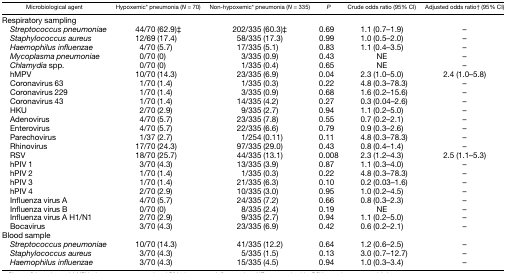
<table><thead><tr><td><b>Microbiological agent</b></td><td><b>Hypoxemic* pneumonia (<i>N</i> = 70)</b></td><td><b>Non-hypoxemic* pneumonia (<i>N</i> = 335)</b></td><td><b><i>P</i></b></td><td><b>Crude odds ratio (95% CI)</b></td><td><b>Adjusted odds ratio† (95% CI)</b></td></tr></thead><tbody><tr><td>Respiratory sampling</td><td></td><td></td><td></td><td></td><td></td></tr><tr><td> <i>Streptococcus pneumoniae</i></td><td>44/70 (62.9)‡</td><td>202/335 (60.3)‡</td><td>0.69</td><td>1.1 (0.7–1.9)</td><td>–</td></tr><tr><td> <i>Staphylococcus aureus</i></td><td>12/69 (17.4)</td><td>58/335 (17.3)</td><td>0.99</td><td>1.0 (0.5–2.0)</td><td>–</td></tr><tr><td> <i>Haemophilus influenzae</i></td><td>4/70 (5.7)</td><td>17/335 (5.1)</td><td>0.83</td><td>1.1 (0.4–3.5)</td><td>–</td></tr><tr><td> <i>Mycoplasma pneumoniae</i></td><td>0/70 (0)</td><td>3/335 (0.9)</td><td>0.43</td><td>NE</td><td>–</td></tr><tr><td> <i>Chlamydia</i> spp.</td><td>0/70 (0)</td><td>1/335 (0.4)</td><td>0.65</td><td>NE</td><td>–</td></tr><tr><td> hMPV</td><td>10/70 (14.3)</td><td>23/335 (6.9)</td><td>0.04</td><td>2.3 (1.0–5.0)</td><td>2.4 (1.0–5.8)</td></tr><tr><td> Coronavirus 63</td><td>1/70 (1.4)</td><td>1/335 (0.3)</td><td>0.22</td><td>4.8 (0.3–78.3)</td><td>–</td></tr><tr><td> Coronavirus 229</td><td>1/70 (1.4)</td><td>3/335 (0.9)</td><td>0.68</td><td>1.6 (0.2–15.6)</td><td>–</td></tr><tr><td> Coronavirus 43</td><td>1/70 (1.4)</td><td>14/335 (4.2)</td><td>0.27</td><td>0.3 (0.04–2.6)</td><td>–</td></tr><tr><td> HKU</td><td>2/70 (2.9)</td><td>9/335 (2.7)</td><td>0.94</td><td>1.1 (0.2–5.0)</td><td>–</td></tr><tr><td> Adenovirus</td><td>4/70 (5.7)</td><td>23/335 (7.8)</td><td>0.55</td><td>0.7 (0.2–2.1)</td><td>–</td></tr><tr><td> Enterovirus</td><td>4/70 (5.7)</td><td>22/335 (6.6)</td><td>0.79</td><td>0.9 (0.3–2.6)</td><td>–</td></tr><tr><td> Parechovirus</td><td>1/37 (2.7)</td><td>1/254 (0.11)</td><td>0.11</td><td>4.8 (0.3–78.3)</td><td>–</td></tr><tr><td> Rhinovirus</td><td>17/70 (24.3)</td><td>97/335 (29.0)</td><td>0.43</td><td>0.8 (0.4–1.4)</td><td>–</td></tr><tr><td> RSV</td><td>18/70 (25.7)</td><td>44/335 (13.1)</td><td>0.008</td><td>2.3 (1.2–4.3)</td><td>2.5 (1.1–5.3)</td></tr><tr><td> hPIV 1</td><td>3/70 (4.3)</td><td>13/335 (3.9)</td><td>0.87</td><td>1.1 (0.3–4.0)</td><td>–</td></tr><tr><td> hPIV 2</td><td>1/70 (1.4)</td><td>1/335 (0.3)</td><td>0.22</td><td>4.8 (0.3–78.3)</td><td>–</td></tr><tr><td> hPIV 3</td><td>1/70 (1.4)</td><td>21/335 (6.3)</td><td>0.10</td><td>0.2 (0.03–1.6)</td><td>–</td></tr><tr><td> hPIV 4</td><td>2/70 (2.9)</td><td>10/335 (3.0)</td><td>0.95</td><td>1.0 (0.2–4.5)</td><td>–</td></tr><tr><td> Influenza virus A</td><td>4/70 (5.7)</td><td>24/335 (7.2)</td><td>0.66</td><td>0.8 (0.3–2.3)</td><td>–</td></tr><tr><td> Influenza virus B</td><td>0/70 (0)</td><td>8/335 (2.4)</td><td>0.19</td><td>NE</td><td>–</td></tr><tr><td> Influenza virus A H1/N1</td><td>2/70 (2.9)</td><td>9/335 (2.7)</td><td>0.94</td><td>1.1 (0.2–5.0)</td><td>–</td></tr><tr><td> Bocavirus</td><td>3/70 (4.3)</td><td>23/335 (6.9)</td><td>0.42</td><td>0.6 (0.2–2.1)</td><td>–</td></tr><tr><td>Blood sample</td><td></td><td></td><td></td><td></td><td></td></tr><tr><td> <i>Streptococcus pneumoniae</i></td><td>10/70 (14.3)</td><td>41/335 (12.2)</td><td>0.64</td><td>1.2 (0.6–2.5)</td><td>–</td></tr><tr><td> <i>Staphylococcus aureus</i></td><td>3/70 (4.3)</td><td>5/335 (1.5)</td><td>0.13</td><td>3.0 (0.7–12.7)</td><td>–</td></tr><tr><td> <i>Haemophilus influenzae</i></td><td>3/70 (4.3)</td><td>15/335 (4.5)</td><td>0.94</td><td>1.0 (0.3–3.4)</td><td>–</td></tr></tbody></table>